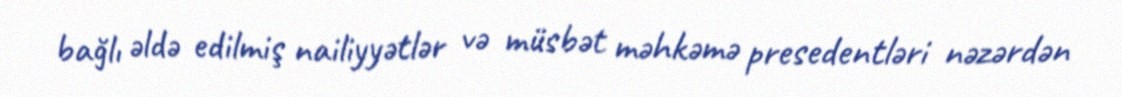
bağlı əldə edilmiş nailiyyətlər və müsbət məhkəmə presedentləri nəzərdən